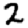
Digit: 2